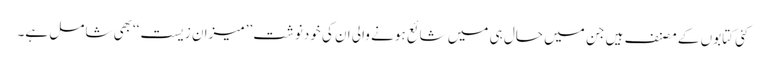
کئی کتابوں کے مصنف ہیں جن میں حال ہی میں شائع ہونے والی ان کی خودنوشت ’’میزان ِزیست‘‘بھی شامل ہے۔